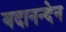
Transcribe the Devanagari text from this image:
यदानन्देन